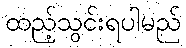
ထည့်သွင်းရပါမည်